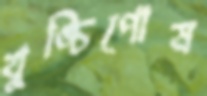
খুঙ্চিপোষ